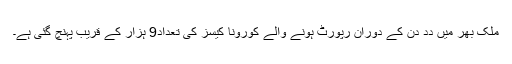
ملک بھر میں دد دن کے دوران رپورٹ ہونے والے کورونا کیسز کی تعداد9 ہزار کے قریب پہنچ گئی ہے۔